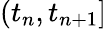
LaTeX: (t_{n},t_{n+1}]